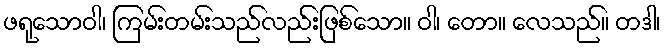
ဖရုသောဝါ၊ ကြမ်းတမ်းသည်လည်းဖြစ်သော။ ဝါ၊ တော။ လေသည်။ တဒါ၊